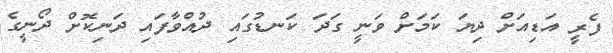
ފެރީ އަޑިއަށް ދިޔަ ކަމަށް ވަނީ ގަދަ ކަނޑުގައި ދުއްވާފައި ދަނިކޮށް ދޯނީގެ